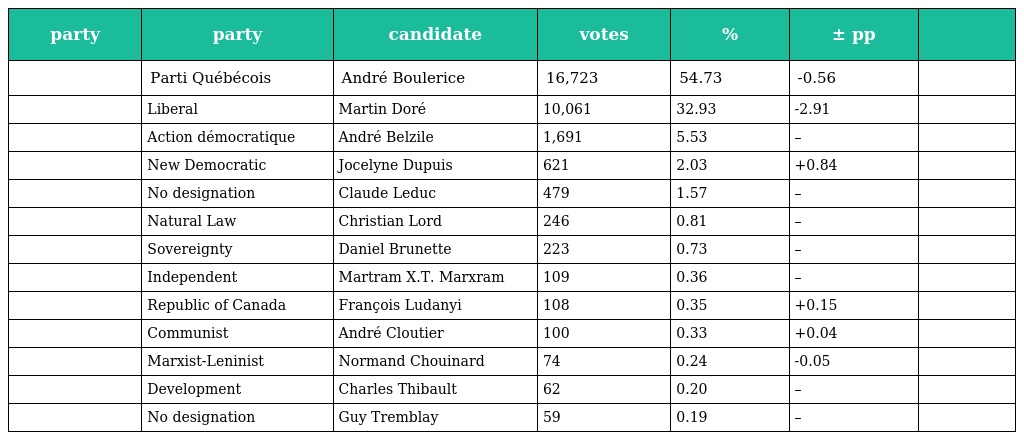
| party | party | candidate | votes | % | ± pp |  |
 | --- | --- | --- | --- | --- | --- | --- |
 |  | Parti Québécois | André Boulerice | 16,723 | 54.73 | -0.56 |  |
 |  | Liberal | Martin Doré | 10,061 | 32.93 | -2.91 |  |
 |  | Action démocratique | André Belzile | 1,691 | 5.53 | – |  |
 |  | New Democratic | Jocelyne Dupuis | 621 | 2.03 | +0.84 |  |
 |  | No designation | Claude Leduc | 479 | 1.57 | – |  |
 |  | Natural Law | Christian Lord | 246 | 0.81 | – |  |
 |  | Sovereignty | Daniel Brunette | 223 | 0.73 | – |  |
 |  | Independent | Martram X.T. Marxram | 109 | 0.36 | – |  |
 |  | Republic of Canada | François Ludanyi | 108 | 0.35 | +0.15 |  |
 |  | Communist | André Cloutier | 100 | 0.33 | +0.04 |  |
 |  | Marxist-Leninist | Normand Chouinard | 74 | 0.24 | -0.05 |  |
 |  | Development | Charles Thibault | 62 | 0.20 | – |  |
 |  | No designation | Guy Tremblay | 59 | 0.19 | – |  |